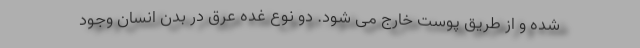
شده و از طریق پوست خارج می شود. دو نوع غده عرق در بدن انسان وجود